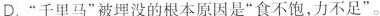
C.《马说》第二自然段中五个”不”有力地谴责了”喂马人”的无知。